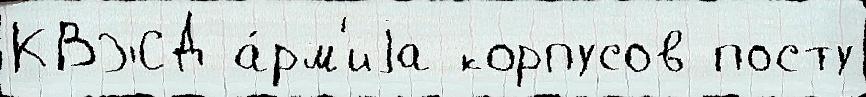
КВЖД а́рм'иjа корпусов посту